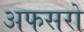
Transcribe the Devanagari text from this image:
अफसरो